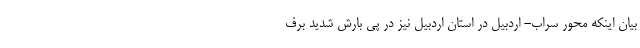
بیان اینکه محور سراب- اردبیل در استان اردبیل نیز در پی بارش شدید برف